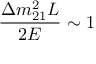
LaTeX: \frac { \Delta { m } _ { 2 1 } ^ { 2 } L } { 2 E } \sim 1